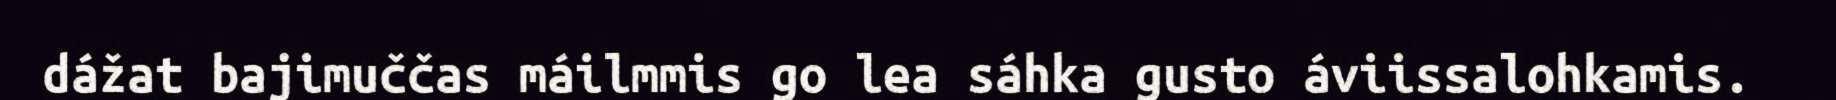
dážat bajimuččas máilmmis go lea sáhka gusto áviissalohkamis.